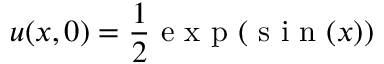
u ( x , 0 ) = \frac { 1 } { 2 } \mathrm { ~ e ~ x ~ p ~ } ( \mathrm { ~ s ~ i ~ n ~ } ( x ) )